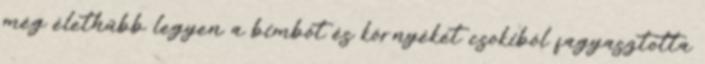
még élethűbb legyen a bimbót és környékét csokiból fagyasztotta